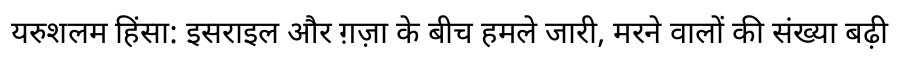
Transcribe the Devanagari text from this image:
यरुशलम हिंसा: इसराइल और ग़ज़ा के बीच हमले जारी, मरने वालों की संख्या बढ़ी